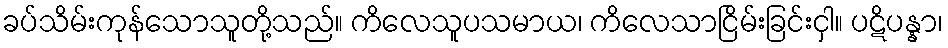
ခပ်သိမ်းကုန်သောသူတို့သည်။ ကိလေသူပသမာယ၊ ကိလေသာငြိမ်းခြင်းငှါ။ ပဋိပန္နာ၊